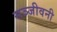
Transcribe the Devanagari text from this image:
सञ्जीवनी